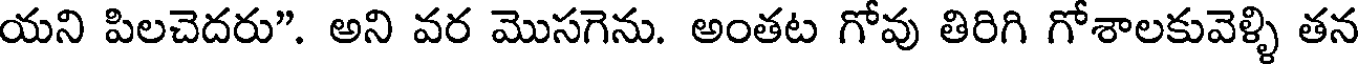
యని పిలచెదరు". అని వర మొసగెను. అంతట గోవు తిరిగి గోశాలకువెళ్ళి తన